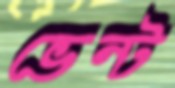
ভেন্ট